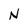
Character: N